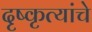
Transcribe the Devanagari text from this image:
दृष्कृत्यांचे